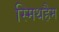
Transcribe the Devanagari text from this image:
स्मिथहैम